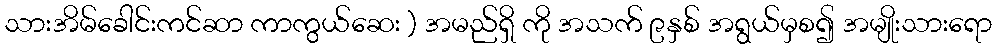
သားအိမ်ခေါင်းကင်ဆာ ကာကွယ်ဆေး ) အမည်ရှိ ကို အသက် ၉နှစ် အရွယ်မှစ၍ အမျိုးသားရော